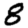
Digit: 8